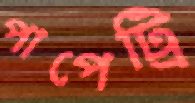
পাপেট্রি